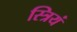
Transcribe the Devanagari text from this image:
स्त्रियं